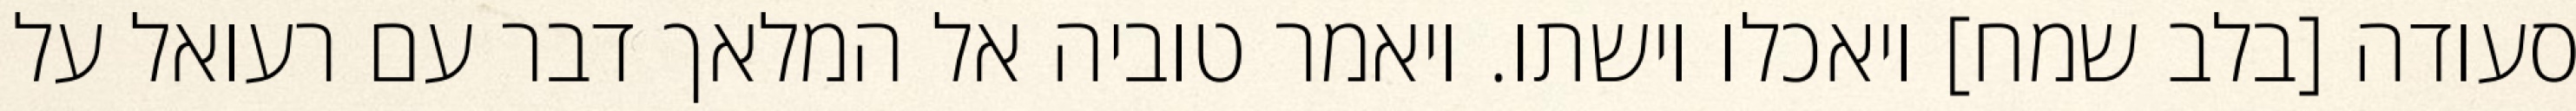
סעודה [בלב שמח] ויאכלו וישתו. ויאמר טוביה אל המלאך דבר עם רעואל על